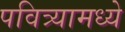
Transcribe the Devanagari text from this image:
पवित्र्यामध्ये